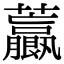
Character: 𧅋